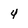
Character: 4